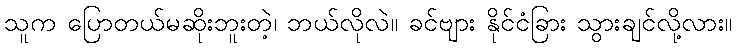
သူက ပြောတယ်မဆိုးဘူးတဲ့၊ ဘယ်လိုလဲ။ ခင်ဗျား နိုင်ငံခြား သွားချင်လို့လား။